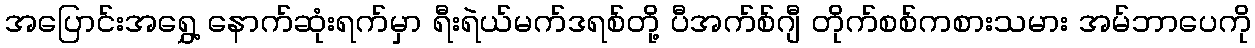
အပြောင်းအရွှေ့ နောက်ဆုံးရက်မှာ ရီးရဲယ်မက်ဒရစ်တို့ ပီအက်စ်ဂျီ တိုက်စစ်ကစားသမား အမ်ဘာပေကို